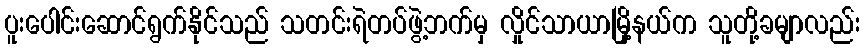
ပူးပေါင်းဆောင်ရွက်နိုင်သည် သတင်းရဲတပ်ဖွဲ့ဘက်မှ လှိုင်သာယာမြို့နယ်က သူတို့ခမျာလည်း